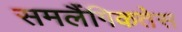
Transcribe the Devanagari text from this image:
समलैंगिकतेस